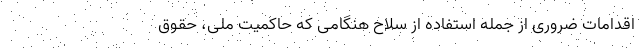
اقدامات ضروری از جمله استفاده از سلاح هنگامی که حاکمیت ملی، حقوق